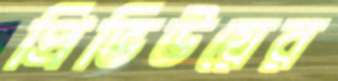
প্রিভিউয়ের